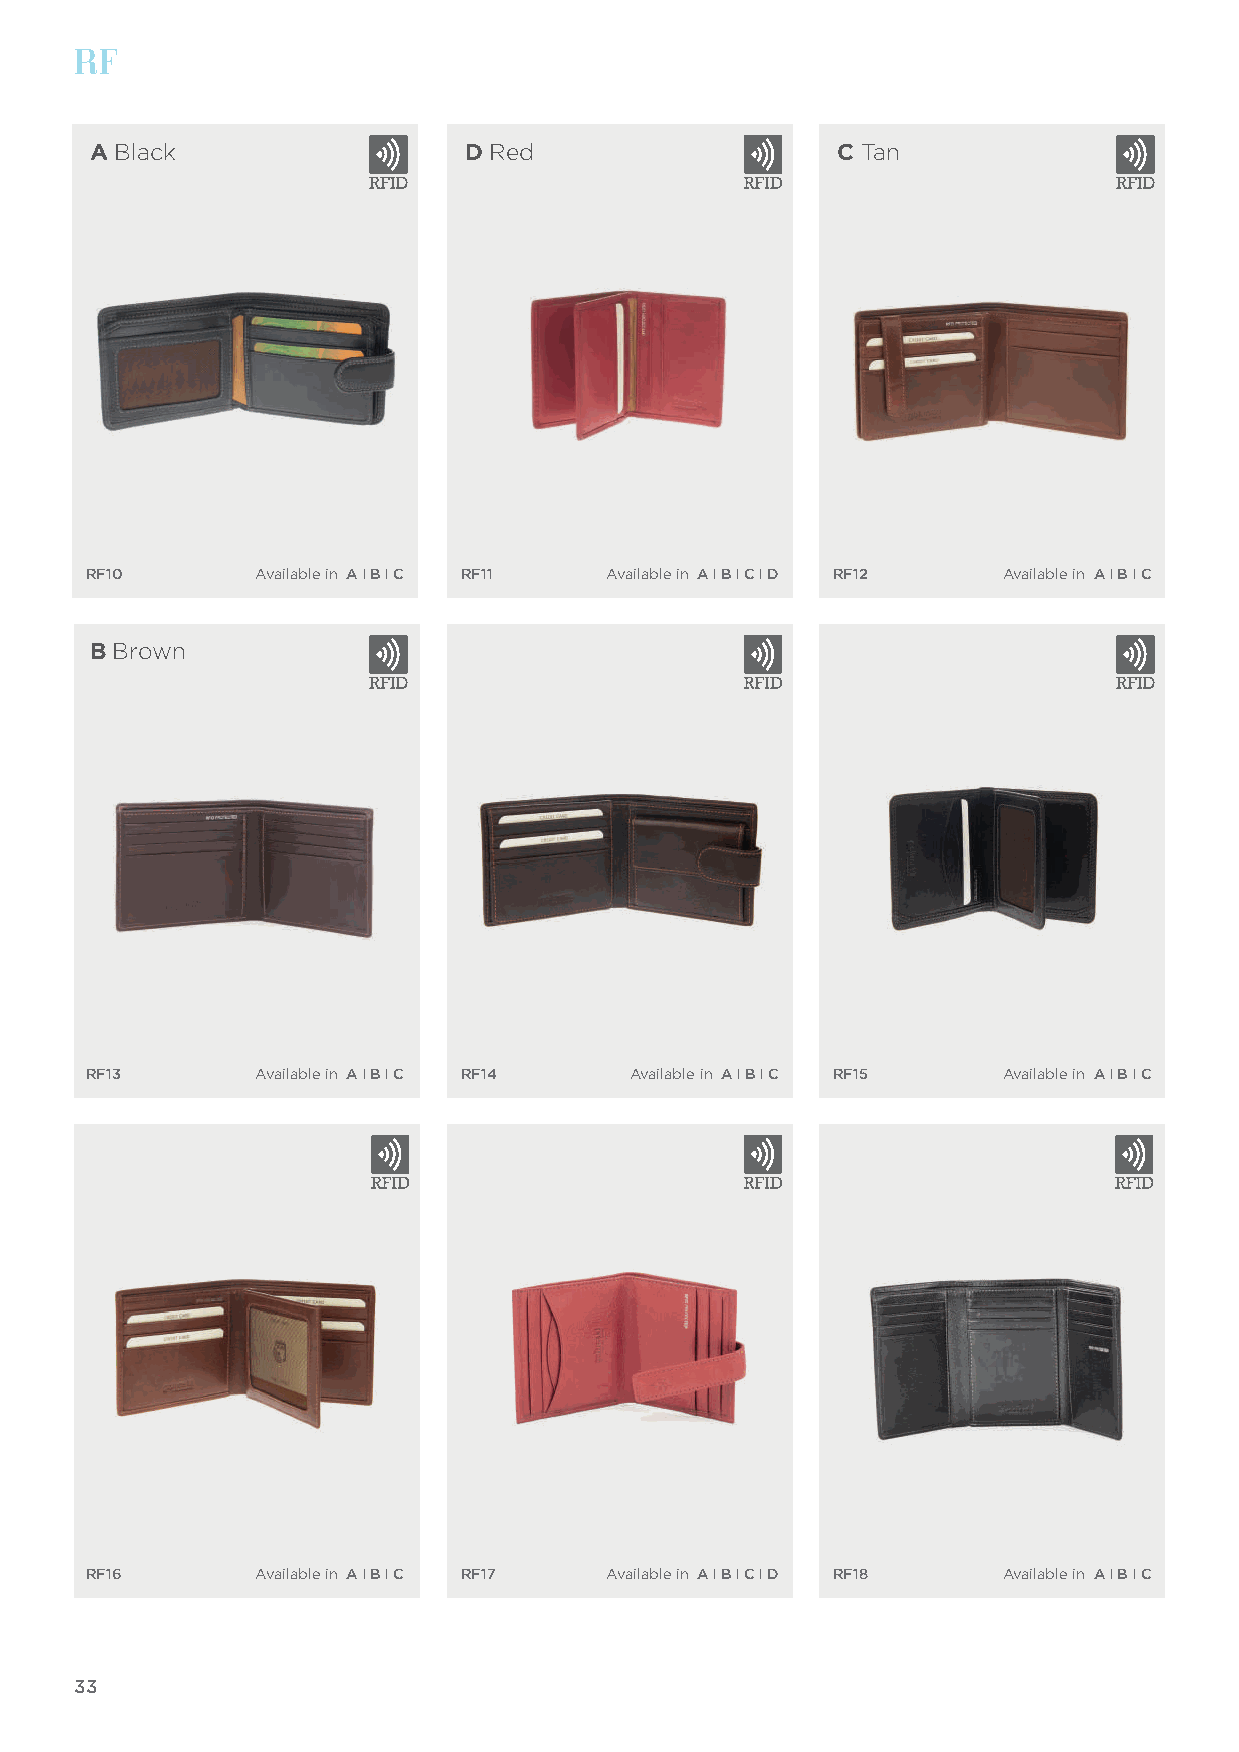
RF
 A Black                  D Red                    C Tan
 RF10       Available in A I B I C RF11 Available in A I B I C I D RF12 Available in A I B I C
 B Brown
 RF13       Available in A I B I C RF14 Available in A I B I C RF15 Available in A I B I C
 RF16       Available in A I B I C RF17 Available in A I B I C I D RF18 Available in A I B I C
 33